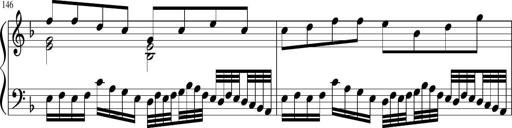
Title: Sonatina in F major
Composer: Ethan Ngo
Key: F major